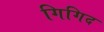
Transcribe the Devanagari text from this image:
गिगिद